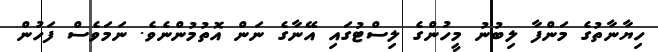
ހިޔާނާތުގެ މަންފާ ލިބުނު މީހުންގެ ލިސްޓުގައި އޭނާގެ ނަން އޮތުމުންނެވެ. ނަމަވެސް ފަހުން